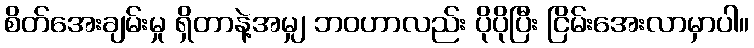
စိတ်အေးချမ်းမှု ရှိတာနဲ့အမျှ ဘဝဟာလည်း ပိုပိုပြီး ငြိမ်းအေးလာမှာပါ။